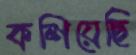
কশিয়েছি